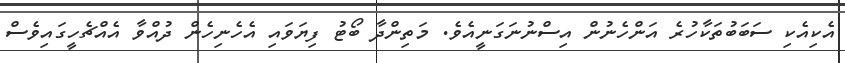
އެކިއެކި ސަބަބުތަކާހުރެ އަންހެނުން އިސްނުނަގަނީއެވެ. މަތިންދާ ބޯޓު ފިޔަވައި އެހެނިހެން ދުއްވާ އެއްޗެހީގައިވެސް